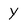
Character: Y